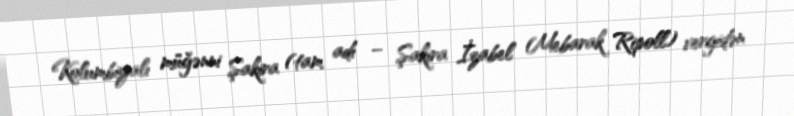
Kolumbiyalı müğənni Şakira (tam adı – Şakira İzabel Mebarak Ripoll) vergidən